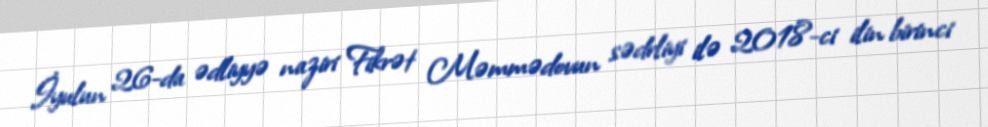
İyulun 26-da ədliyyə naziri Fikrət Məmmədovun sədrliyi ilə 2018-ci ilin birinci